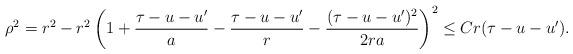
LaTeX: \begin{align*} \begin{aligned} \rho^2 = r^2 - r^2 \left (1 + {\tau - u - u' \over a} - {\tau - u - u' \over r} - {(\tau - u - u')^2 \over 2 r a} \right )^2 \le C r (\tau - u - u'). \end{aligned}\end{align*}